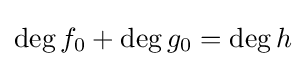
\deg f_{0}+\deg g_{0}=\deg h